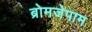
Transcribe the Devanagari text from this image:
ब्रोमजेपाम